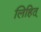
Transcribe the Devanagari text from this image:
लिहित्